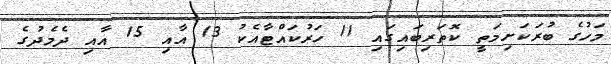
މަހުގެ ބުރަކަށިމަތީ ކޮތަރިބައިގައި 11 ހަރުކައްޓާއެކު 13 އާއި 15 އާއި ދެމެދުގެ